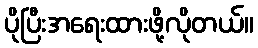
ပိုပြီးအရေးထားဖို့လိုတယ်။